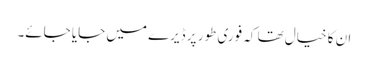
ان کا خیال تھا کہ فوری طور پر ڈیرے میں جایا جائے۔